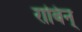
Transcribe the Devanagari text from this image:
राबिन्‌